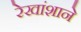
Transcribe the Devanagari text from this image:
रेखांशाने